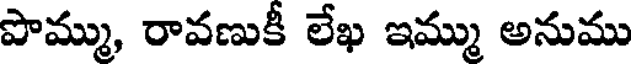
పొమ్ము, రావణుకీ లేఖ ఇమ్ము అనుము